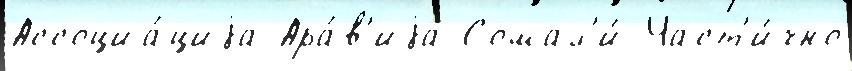
Ассоциа́циjа Ара́в'иjа Сомал'и́ Част'и́чно